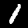
Digit: 1